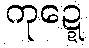
ကုဍ္ဍေ